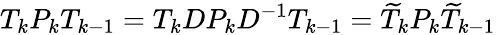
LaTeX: T_{k}P_{k}T_{k-1}=T_{k}DP_{k}D^{-1}T_{k-1}=\widetilde{T}_{k}P_{k}\widetilde{T}_{k-1}